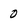
Character: 0